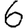
Digit: 6